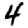
Digit: 4